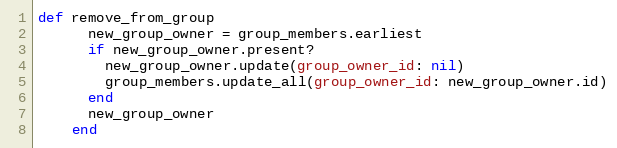
Language: Ruby
def remove_from_group
      new_group_owner = group_members.earliest
      if new_group_owner.present?
        new_group_owner.update(group_owner_id: nil)
        group_members.update_all(group_owner_id: new_group_owner.id)
      end
      new_group_owner
    end